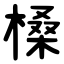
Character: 槡